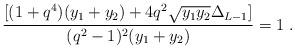
LaTeX: \begin{align*}\frac{[(1+q^4)(y_1 + y_2) + 4q^2 \sqrt{y_1 y_2} \Delta_{L-1}]}{(q^2 -1)^2 (y_1 + y_2)} = 1 \; .\end{align*}